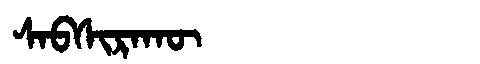
Manchu: ᠰᠠᠪᠰᡳᡵᠠᡴᡡ
Romanization: SABSIRAKŪ